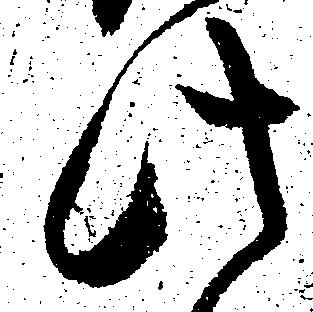
此